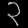
Digit: ၃